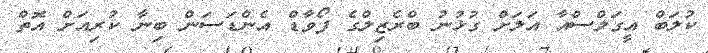
ކުލަބް އީގަލްސްއާ އަލަށް ގުޅުނު ބްރެޒިލްގެ ފޯވާޑް އެންޑަސަން ބިނާ ކުރިއަށް އޮތް